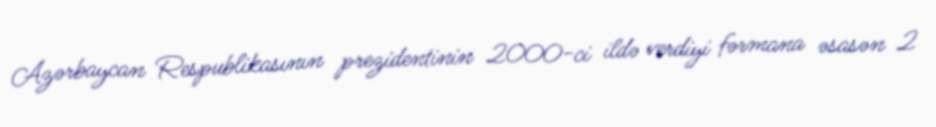
Azərbaycan Respublikasının prezidentinin 2000-ci ildə verdiyi fərmana əsasən 2